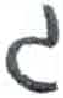
אות: ג